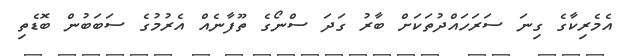
އެމެރިކާގެ ގިނަ ސަރަހައްދުތަކަށް ބާރު ގަދަ ސްނޯގެ ތޫފާނެއް އެރުމުގެ ސަބަބުން ބޮޑެތި